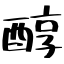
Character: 醇